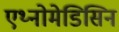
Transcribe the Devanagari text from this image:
एथ्नोमेडिसिन